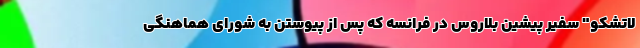
لاتشکو" سفیر پیشین بلاروس در فرانسه که پس از پیوستن به شورای هماهنگی